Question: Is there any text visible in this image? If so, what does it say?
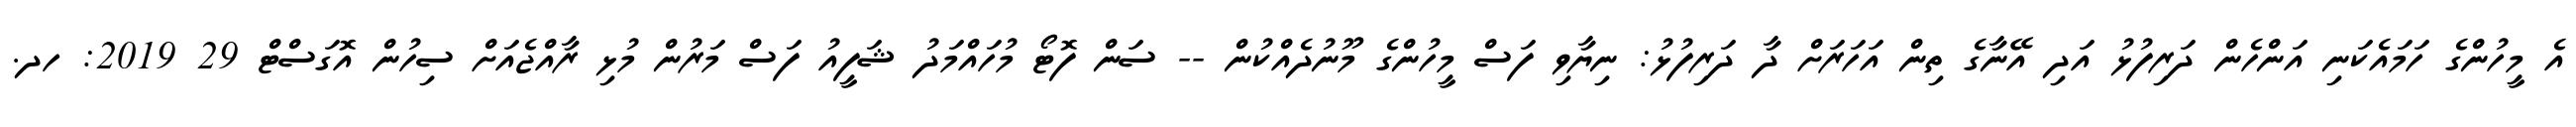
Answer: އެ މީހުންގެ ހަމައެކަނި އަންހެން ދަރިފުޅު އަދި އޭނާގެ ތިން އަހަރަށް ދާ ދަރިފުޅު: ނިޔާވި ފަސް މީހުންގެ މޫނުދެއްކުން -- ސަން ފޮޓޯ މުހައްމަދު ޝަފީއު ފަސް މަރުން މުޅި ރާއްޖެއަށް ސިހުން އޮގަސްޓް 29 2019: ހދ.